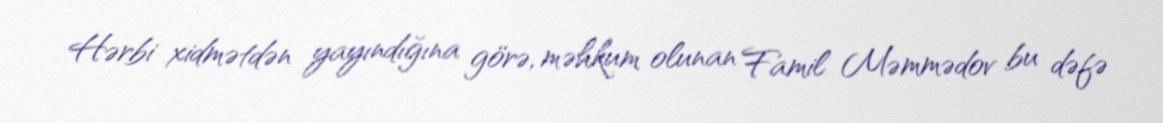
Hərbi xidmətdən yayındığına görə, məhkum olunan Famil Məmmədov bu dəfə